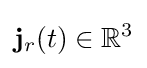
\mathbf {j} _{r}(t)\in \mathbb {R} ^{3}